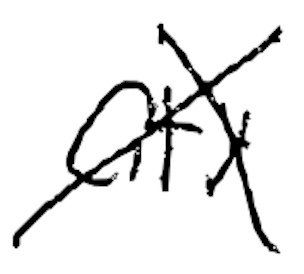
Text: city
Cross-out: cross
Writing tool: digital_black